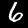
Label: 6